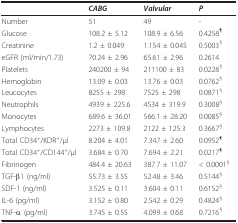
<table><thead><tr><td></td><td><b><i>CABG</i></b></td><td><b><i>Valvular</i></b></td><td><b><i>P</i></b></td></tr></thead><tbody><tr><td>Number</td><td>51</td><td>49</td><td>-</td></tr><tr><td>Glucose</td><td>108.2 ± 5.12</td><td>108.9 ± 6.56</td><td>0.4258<sup>¶</sup></td></tr><tr><td>Creatinine</td><td>1.2 ± 0.049</td><td>1.154 ± 0.045</td><td>0.5003<sup>§</sup></td></tr><tr><td>eGFR (ml/min/1.73)</td><td>70.24 ± 2.96</td><td>65.61 ± 2.96</td><td>0.2614</td></tr><tr><td>Platelets</td><td>240200 ± 94</td><td>211100 ± 83</td><td>0.0228<sup>§</sup></td></tr><tr><td>Hemoglobin</td><td>13.09 ± 0.03</td><td>13.76 ± 0.03</td><td>0.0762<sup>§</sup></td></tr><tr><td>Leucocytes</td><td>8255 ± 298</td><td>7525 ± 298</td><td>0.0871<sup>§</sup></td></tr><tr><td>Neutrophils</td><td>4939 ± 225.6</td><td>4534 ± 319.9</td><td>0.3008<sup>§</sup></td></tr><tr><td>Monocytes</td><td>689.6 ± 36.01</td><td>566.1 ± 28.20</td><td>0.0085<sup>§</sup></td></tr><tr><td>Lymphocytes</td><td>2273 ± 109.8</td><td>2122 ± 125.3</td><td>0.3667<sup>§</sup></td></tr><tr><td>Total CD34<sup>+</sup>/KDR<sup>+</sup>/μl</td><td>8.204 ± 4.01</td><td>7.347 ± 2.60</td><td>0.0952<sup>¶</sup></td></tr><tr><td>Total CD34<sup>+</sup>/CD144<sup>+</sup>/μl</td><td>3.684 ± 0.70</td><td>7.694 ± 2.21</td><td>0.0217<sup>¶</sup></td></tr><tr><td>Fibrinogen</td><td>484.4 ± 20.63</td><td>387.7 ± 11.07</td><td>&lt; 0.0001<sup>§</sup></td></tr><tr><td>TGF-β1 (ng/ml)</td><td>55.73 ± 3.55</td><td>52.48 ± 3.46</td><td>0.5144<sup>§</sup></td></tr><tr><td>SDF-1 (ng/ml)</td><td>3.525 ± 0.11</td><td>3.604 ± 0.11</td><td>0.6152<sup>§</sup></td></tr><tr><td>IL-6 (pg/ml)</td><td>3.152 ± 0.80</td><td>2.542 ± 0.29</td><td>0.4824<sup>§</sup></td></tr><tr><td>TNF-α (pg/ml)</td><td>3.745 ± 0.55</td><td>4.099 ± 0.68</td><td>0.7216<sup>§</sup></td></tr></tbody></table>